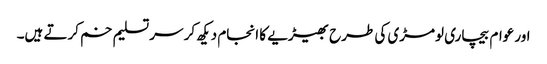
اور عوام بیچاری لومڑی کی طرح بھیڑیے کا انجام دیکھ کر سر تسلیم خم کرتے ہیں۔